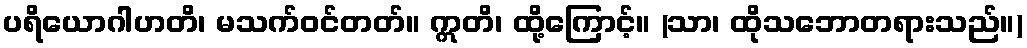
ပရိယောဂါဟတိ၊ မသက်ဝင်တတ်။ ဣတိ၊ ထို့ကြောင့်။ (သာ၊ ထိုသဘောတရားသည်။)